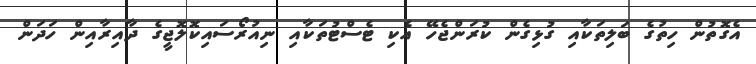
އެގޮތުން ހިތުގެ ބަލިތަކާއި ގުޅިގެން ކުރަންޖެހޭ އެކި ޓެސްޓުތަކާއި ނިއުރޯސައިކޮލޮޖީގެ ދާއިރާއިން ހަދަން